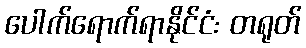
ပေါက်ရောက်ရာနိုင်ငံ: တရုတ်